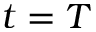
t = T